Annual returns of the Patna Lunatic Asylum at Bankipore in Bihar and Orissa - 1912-1924
Year: 1912
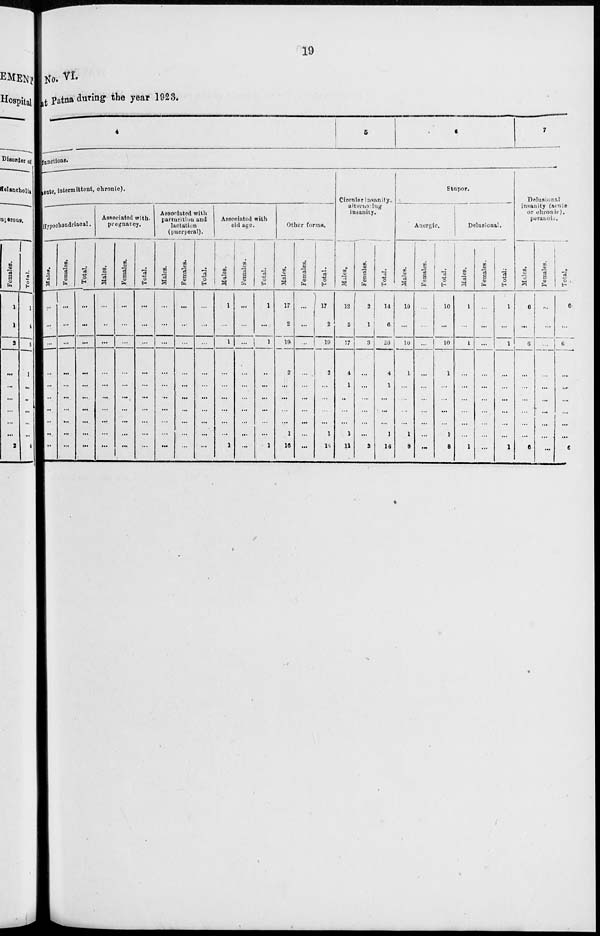
19
No.VI
at Patna during the year 1923.
4
5
6
7
functions.
acute, intermittent, chronic).
Hypochondriacal.
Males.
...
...
...
...
...
...
...
...
...
...
Females.
...
...
...
...
...
...
...
...
...
...
Total.
...
...
...
...
...
...
...
...
...
...
Associated with,
pregnancy.
Males.
...
...
...
...
...
...
...
...
...
...
Females.
...
...
...
...
...
...
...
...
...
...
Total.
...
...
...
...
...
...
...
...
...
...
Associated with
parturition and
lactation
(puerperal).
Males.
...
...
...
...
...
...
...
...
...
...
Females.
...
...
...
...
...
...
...
...
...
...
Total.
...
...
...
...
...
...
...
...
...
...
Associated with
old age.
Males.
1
...
1
...
...
...
...
...
...
1
Females.
...
...
...
...
...
...
...
...
...
...
Total.
1
...
1
...
...
...
...
...
...
1
Other forms.
Males.
17
2
19
2
...
...
...
...
1
16
Females.
...
...
...
...
...
...
...
...
...
...
Total.
17
2
19
2
...
...
...
...
1
16
Circular insanity.
alternating
insanity.
Males.
12
5
17
4
1
...
...
...
1
11
Females.
2
1
3
...
...
...
...
...
...
3
Total.
14
6
20
4
1
...
...
....
1
14
Stupor.
Anergic.
Males.
10
...
10
1
...
...
...
...
1
8
Females.
...
...
...
...
...
...
...
...
...
...
Total.
10
...
10
1
...
...
...
...
1
8
Delusional.
Males.
1
...
1
...
...
...
...
...
...
1
Females.
...
...
...
...
...
...
...
...
...
...
Total.
1
...
1
...
...
...
...
...
...
1
Delusional
insanity (acute
or chronic).
peranoia.
Males.
6
...
6
...
...
...
...
...
...
6
Females.
...
...
...
...
...
...
...
...
...
...
Total.
6
...
6
...
...
...
...
...
...
6